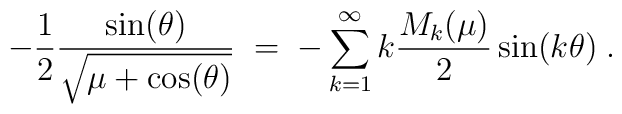
-\frac{1}{2} \frac{ \sin(\theta)}{\sqrt{ \mu + \cos(\theta)}} \;= \; - \sum_{k=1}^\infty k \frac{M_k(\mu)}{2} \sin(k\theta) \; .